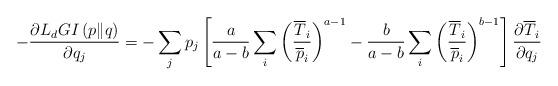
LaTeX: \begin{align*}-\frac{\partial L_{d}GI\left(p\|q\right)}{\partial q_{j}}=-\sum_{j}p_{j}\left[\frac{a}{a-b}\sum_{i}\left(\frac{\overline{T}_{i}}{\overline{p}_{i}}\right)^{a-1}-\frac{b}{a-b}\sum_{i}\left(\frac{\overline{T}_{i}}{\overline{p}_{i}}\right)^{b-1}\right]\frac{\partial \overline{T}_{i}}{\partial q_{j}} \end{align*}